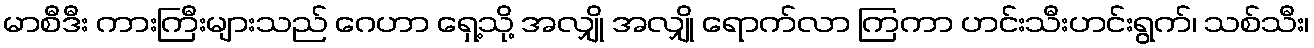
မာစီဒီး ကားကြီးများသည် ဂေဟာ ရှေ့သို့ အလျှို အလျှို ရောက်လာ ကြကာ ဟင်းသီးဟင်းရွက်၊ သစ်သီး၊